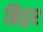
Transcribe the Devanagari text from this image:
ब्रिद्गर